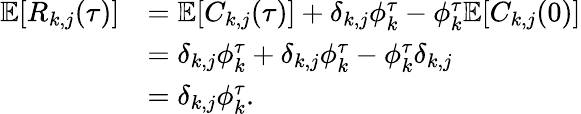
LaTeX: \begin{array}{rl}{\mathbb{E}[R_{k,j}(\tau)]}&{=\mathbb{E}[C_{k,j}(\tau)]+\delta_{k,j}\phi_{k}^{\tau}-\phi_{k}^{\tau}\mathbb{E}[C_{k,j}(0)]}\\ &{=\delta_{k,j}\phi_{k}^{\tau}+\delta_{k,j}\phi_{k}^{\tau}-\phi_{k}^{\tau}\delta_{k,j}}\\ &{=\delta_{k,j}\phi_{k}^{\tau}.}\end{array}